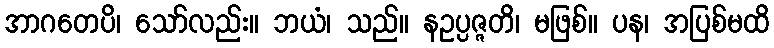
အာဂတေပိ၊ သော်လည်း။ ဘယံ၊ သည်။ နဥပ္ပဇ္ဇတိ၊ မဖြစ်။ ပန၊ အပြစ်မထိ